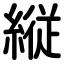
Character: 縦